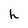
Character: h